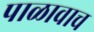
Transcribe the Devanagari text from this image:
पाळावाच